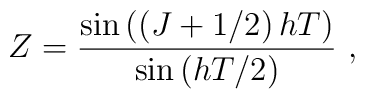
Z={\sin\left(\left( J+1/2\right) hT\right)\over\sin\left( hT/2\right)}\ ,